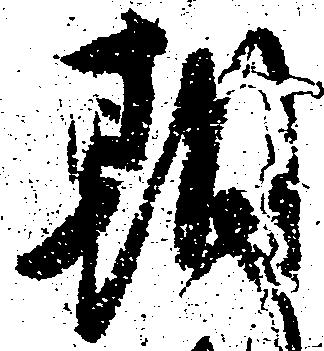
期